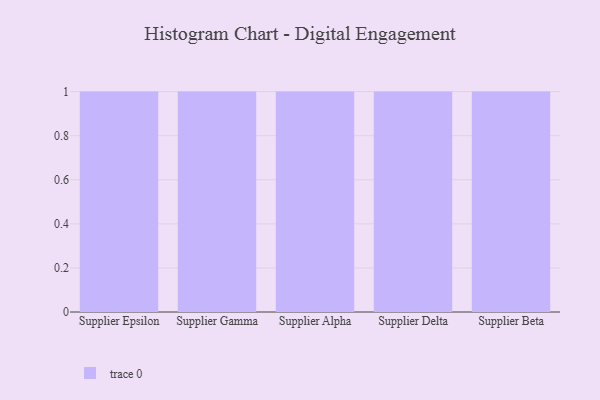
{"axis": {"x": "Supplier", "y": "Gross Profit (USD K)"}, "legend": [""], "data": [{"x": "Supplier Epsilon", "y": 91, "type": ""}, {"x": "Supplier Gamma", "y": 34, "type": ""}, {"x": "Supplier Alpha", "y": 47, "type": ""}, {"x": "Supplier Delta", "y": 61, "type": ""}, {"x": "Supplier Beta", "y": 15, "type": ""}]}